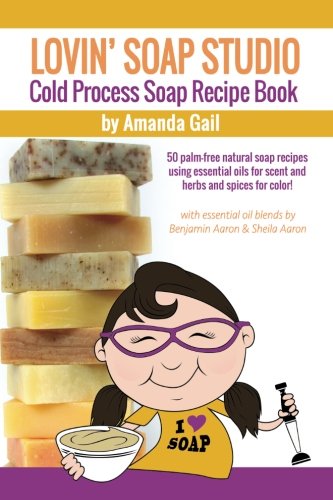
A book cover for Lovin Soap Studio Cold Process Soap Recipe Book: 50 palm-free natural soap recipes using essential oils for scent and herbs and spices for color!; Amanda Gail; Crafts, Hobbies & Home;